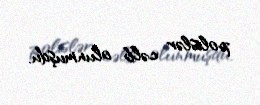
polislər cəlb olunmuşdu.